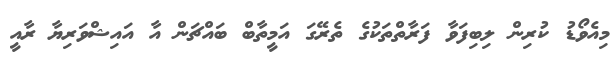
މިއެވޯޑު ކުރިން ލިބިފަވާ ފަރާތްތަކުގެ ތެރޭގަ އަމީތާބް ބައްޗަން އާ އައިޝްވަރިޔާ ރާއީ